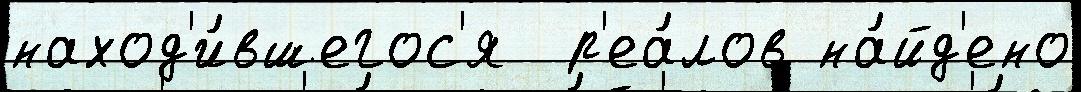
наход'и́вшегос'я  р'еа́лов на́йд'ено